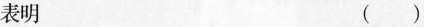
表明 ( )